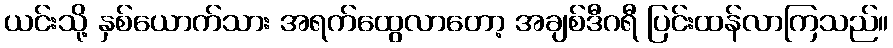
ယင်းသို့ နှစ်ယောက်သား အရက်ထွေလာတော့ အချစ်ဒီဂရီ ပြင်းထန်လာကြသည်။